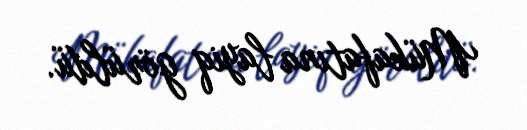
Mükafatına layiq görüldü.